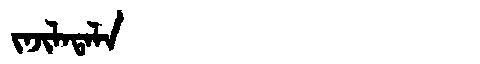
Manchu: ᠵᠠᠵᡳᠯᠠᡨᠠᠯᠠ
Romanization: JAJILATALA